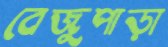
বেজুপাড়া